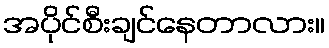
အပိုင်စီးချင်နေတာလား။